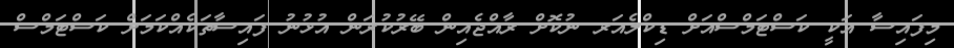
މިފައިސާ އަކީ ކަސްޓަމްސްއަށް ޑިކްލެއަރ ނުކޮށް ރާއްޖެއިން ބޭރުކުރަން އުޅުނު ފައިސާތަކެއްކަމަށް ކަސްޓަމްސް